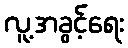
လူ့အခွင့်ရေး